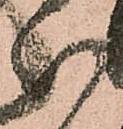
以